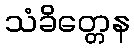
သံခိတ္တေန